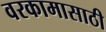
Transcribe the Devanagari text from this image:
वरकामासाठी